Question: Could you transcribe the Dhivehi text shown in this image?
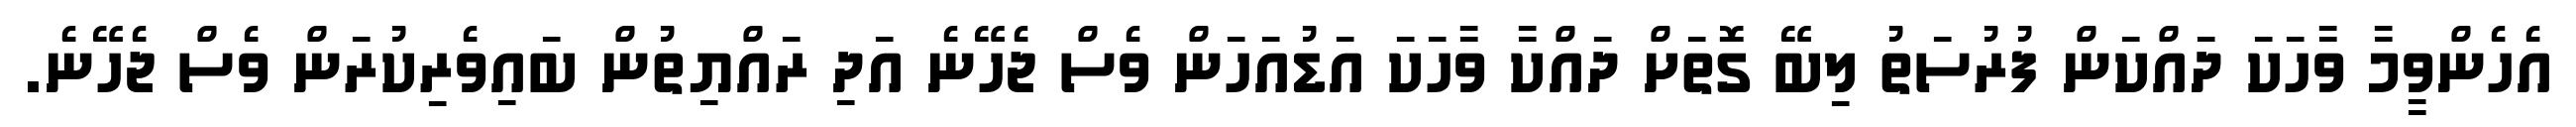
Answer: އެހެންވީމާ ވާހަކަ ދައްކަން ފުރުސަތު ލިބޭ ގޮތަށް ދައްކާ ވާހަކަ އަޑުއަހަން ވެސް ޖެހޭނެ އަދި ރައްޔިތުން ބައިވެރިކުރަން ވެސް ޖެހޭނެ.